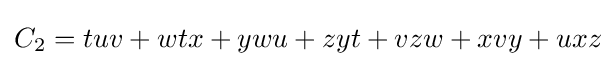
C_{2}=tuv+wtx+ywu+zyt+vzw+xvy+uxz